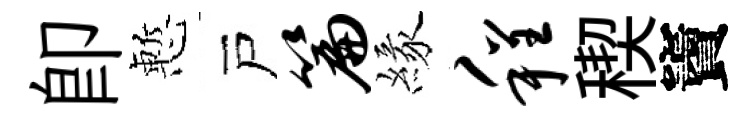
即慙戸篇緣程稧竇